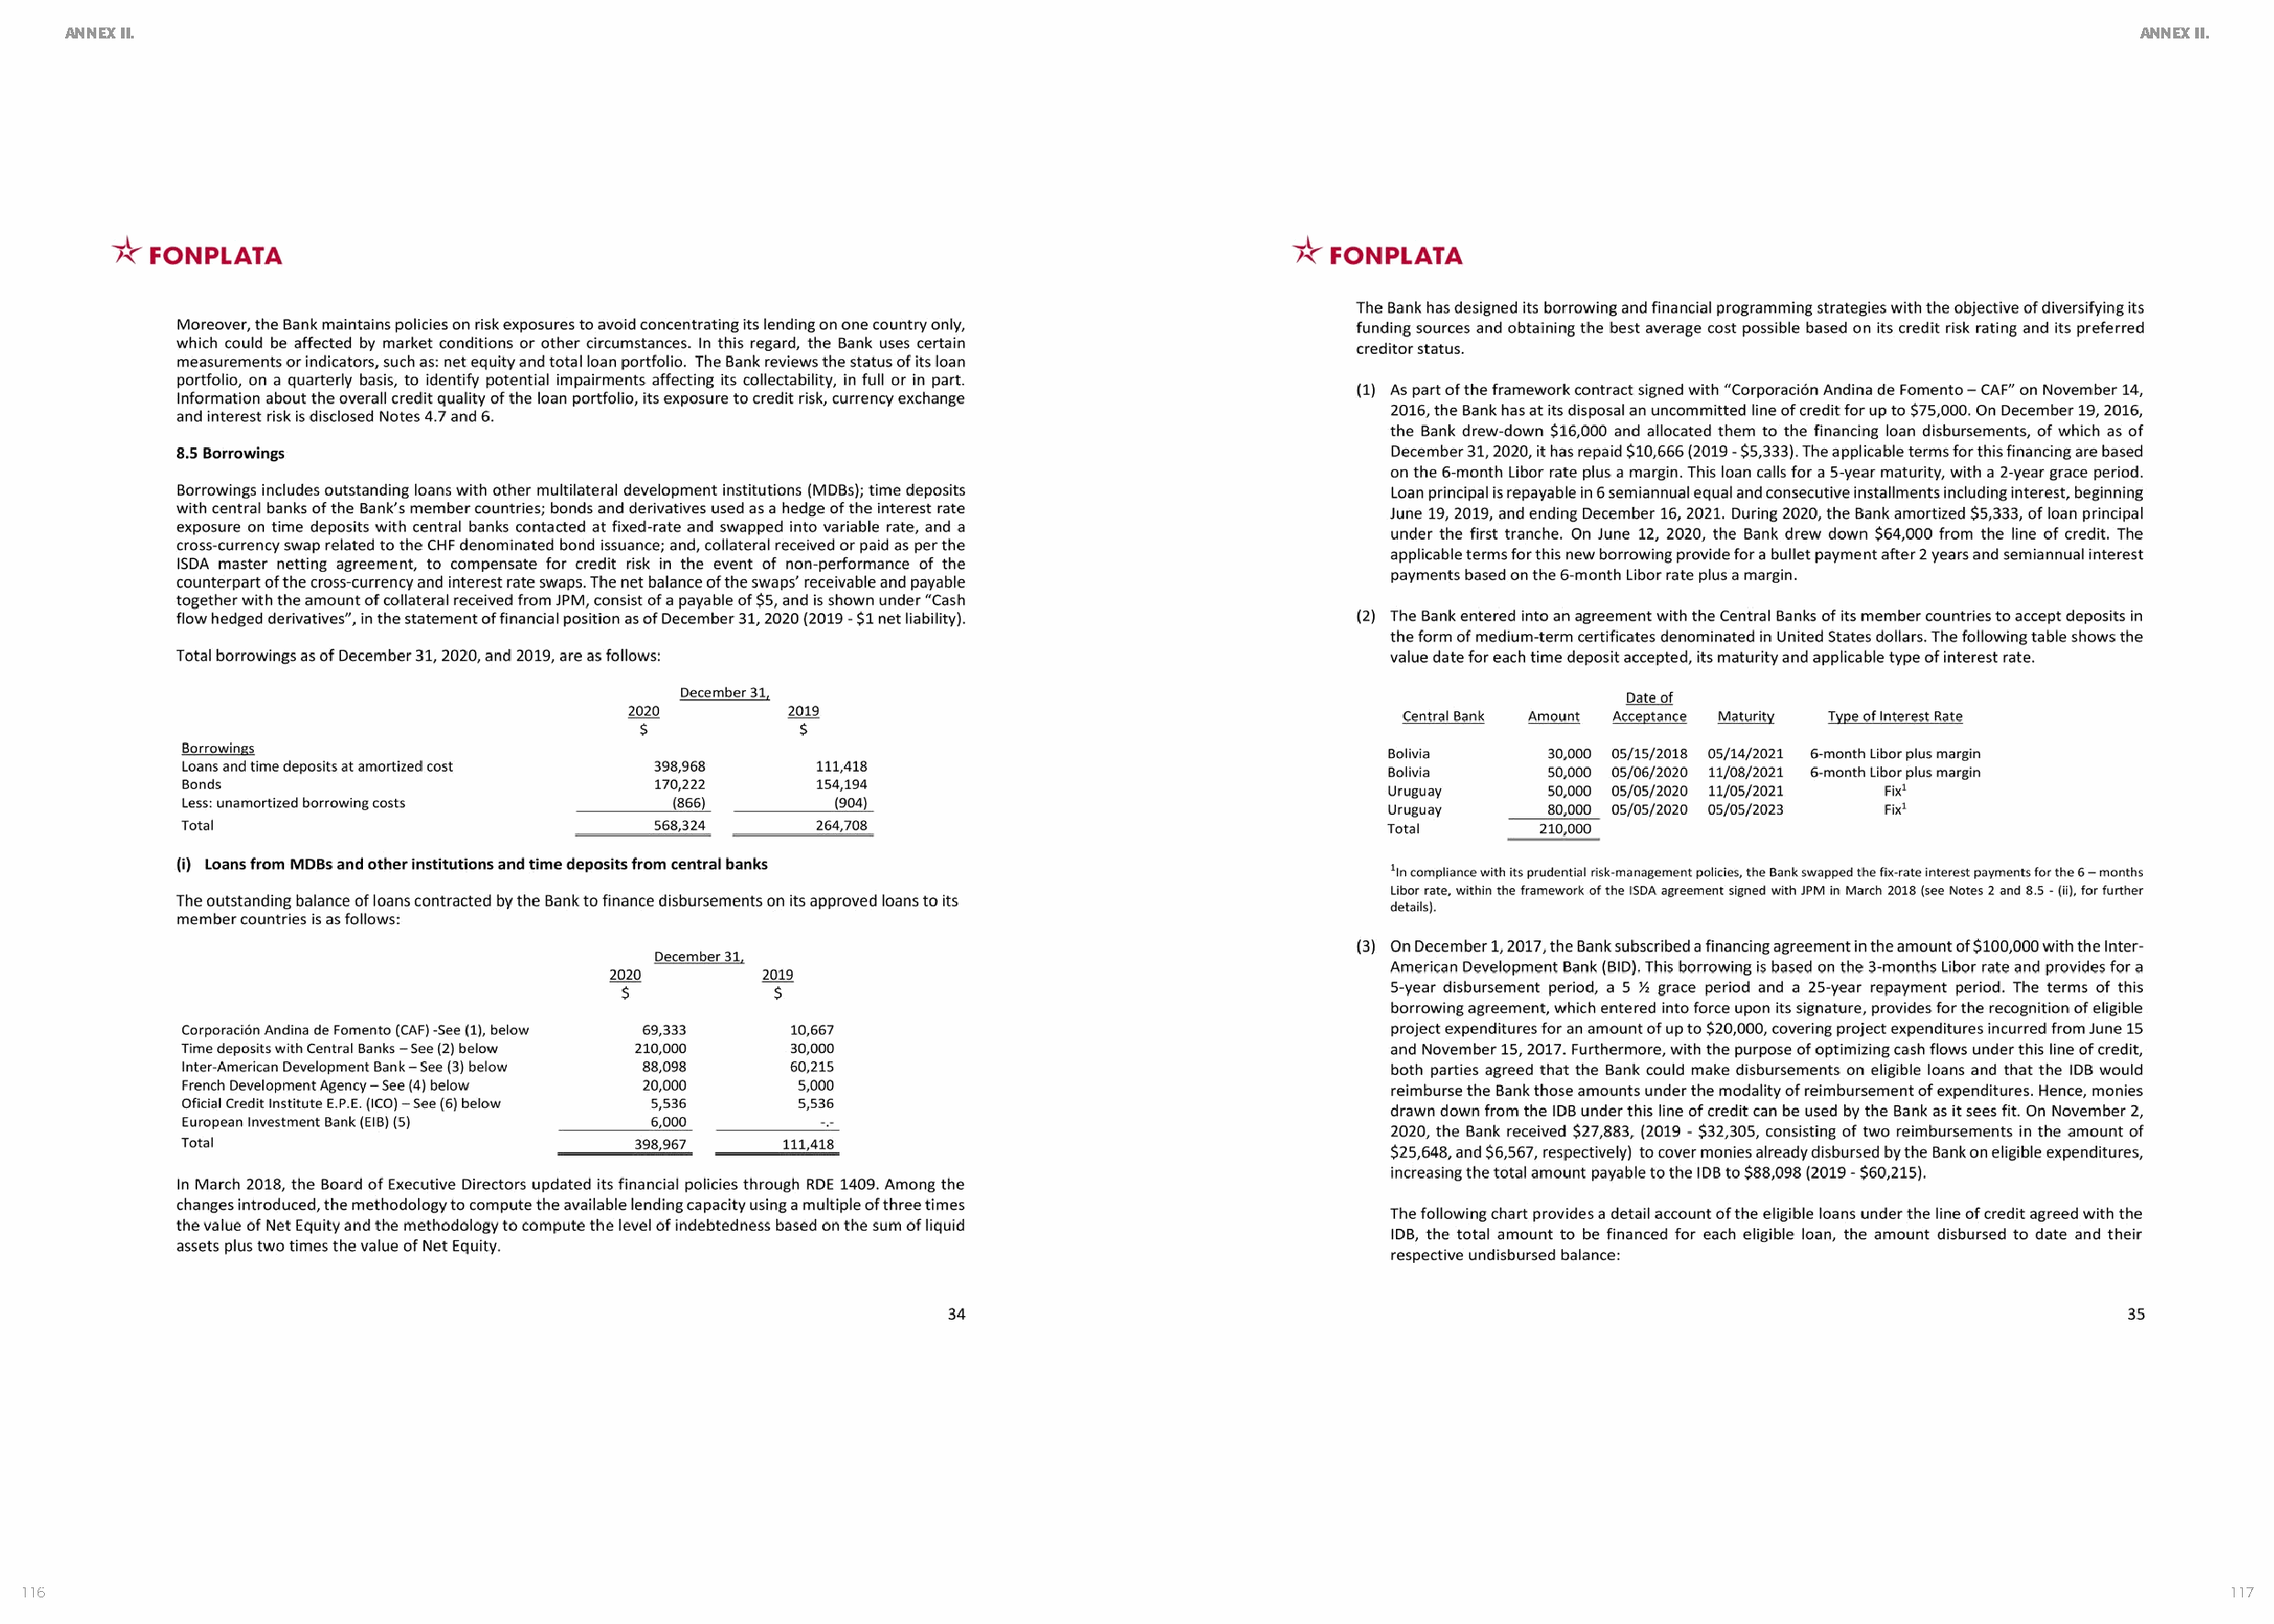
ANNEX II.                                                                                                                                             ANNEX II.
 116                                                                                                                                                             117